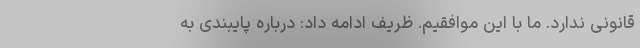
قانونی ندارد. ما با این موافقیم. ظریف ادامه داد: درباره پایبندی به